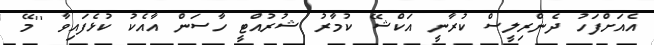
އެއަށްފަހު ދެންރިލީސް ކުރާނީ އަކްޝޭ ކުމާރު ޝުރުއްޓީ ހާސަން އާއެކު ކުޅެފައިވާ ''މޭ